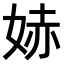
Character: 𫰭